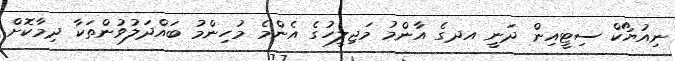
ނިއުޔޯކް ސިޓީއިން ދަނީ އދގެ އާންމު މަޖިލީހުގެ އެންމެ މުހިންމު ބައްދަލުވުންތަކާ ދިމާކޮށް